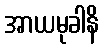
အာယမုခါနိ